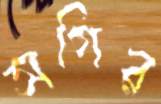
সগির